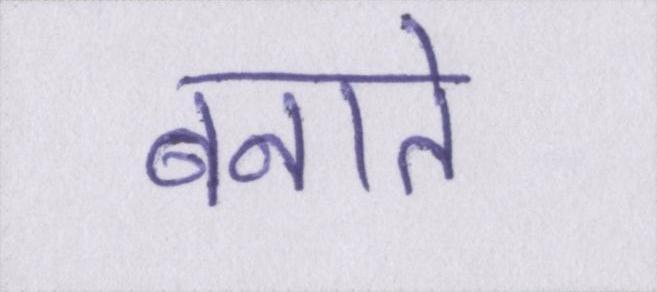
बनाते